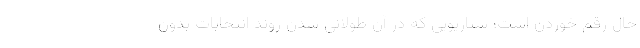
حال رقم خوردن است؛ سناریویی که در آن طولانی شدن روند انتخابات بدون